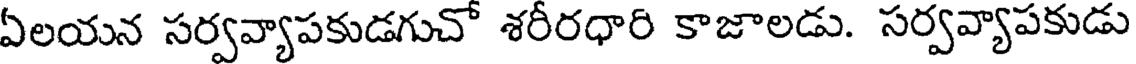
ఏలయన సర్వవ్యాపకుడగుచో శరీరధారి కాజాలడు. సర్వవ్యాపకుడు